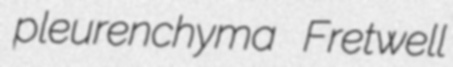
pleurenchyma Fretwell